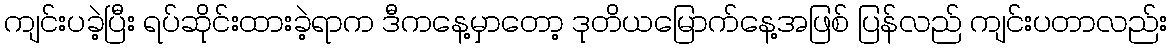
ကျင်းပခဲ့ပြီး ရပ်ဆိုင်းထားခဲ့ရာက ဒီကနေ့မှာတော့ ဒုတိယမြောက်နေ့အဖြစ် ပြန်လည် ကျင်းပတာလည်း